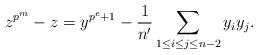
LaTeX: \begin{align*}z^{p^m}-z=y^{p^e+1}-\frac{1}{n'}\sum_{1\le i\le j\le n-2}y_iy_j.\end{align*}